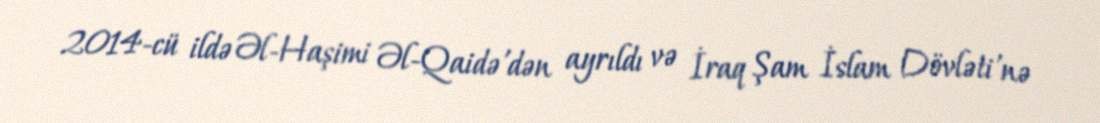
2014-cü ildə Əl-Haşimi Əl-Qaidə'dən ayrıldı və İraq Şam İslam Dövləti'nə